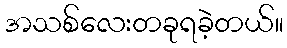
အသစ်လေးတခုရခဲ့တယ်။